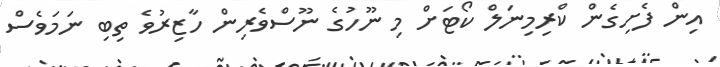
އިން ފެށިގެން ކްރިމިނަލް ކޯޓަށް މި ނޫހުގެ ނޫސްވެރިން ހާޒިރުވެ ތިބި ނަމަވެސް